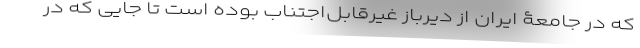
که در جامعۀ ایران از دیرباز غیر‌قابل‌اجتناب بوده است تا جایی که در